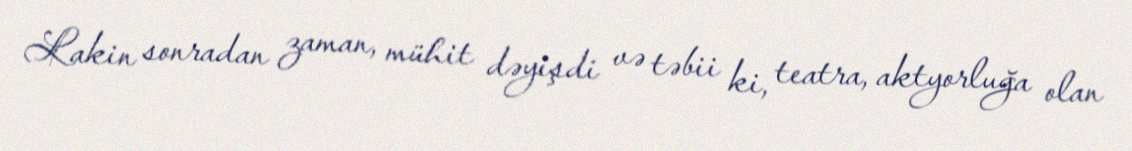
Lakin sonradan zaman, mühit dəyişdi və təbii ki, teatra, aktyorluğa olan